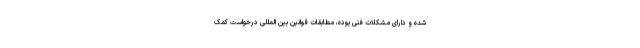
شده و دارای مشکلات فنی بوده، مطابقات قوانین بین المللی درخواست کمک